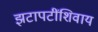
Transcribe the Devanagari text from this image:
झटापटींशिवाय